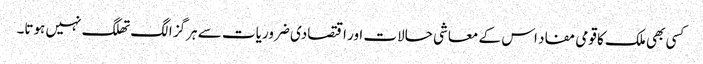
کسی بھی ملک کا قومی مفاد اس کے معاشی حالات اور اقتصادی ضروریات سے ہرگز الگ تھلگ نہیں ہوتا۔